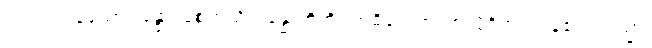
သုံးပါးကုန်သော။ ခန္ဓာ၊ စေတသိက်ခန္ဓာတို့ကို။ အဓိပ္ပေတာ၊ အလိုရှိအပ်ကုန်၏။ တသ္မာ၊